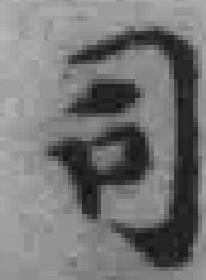
司